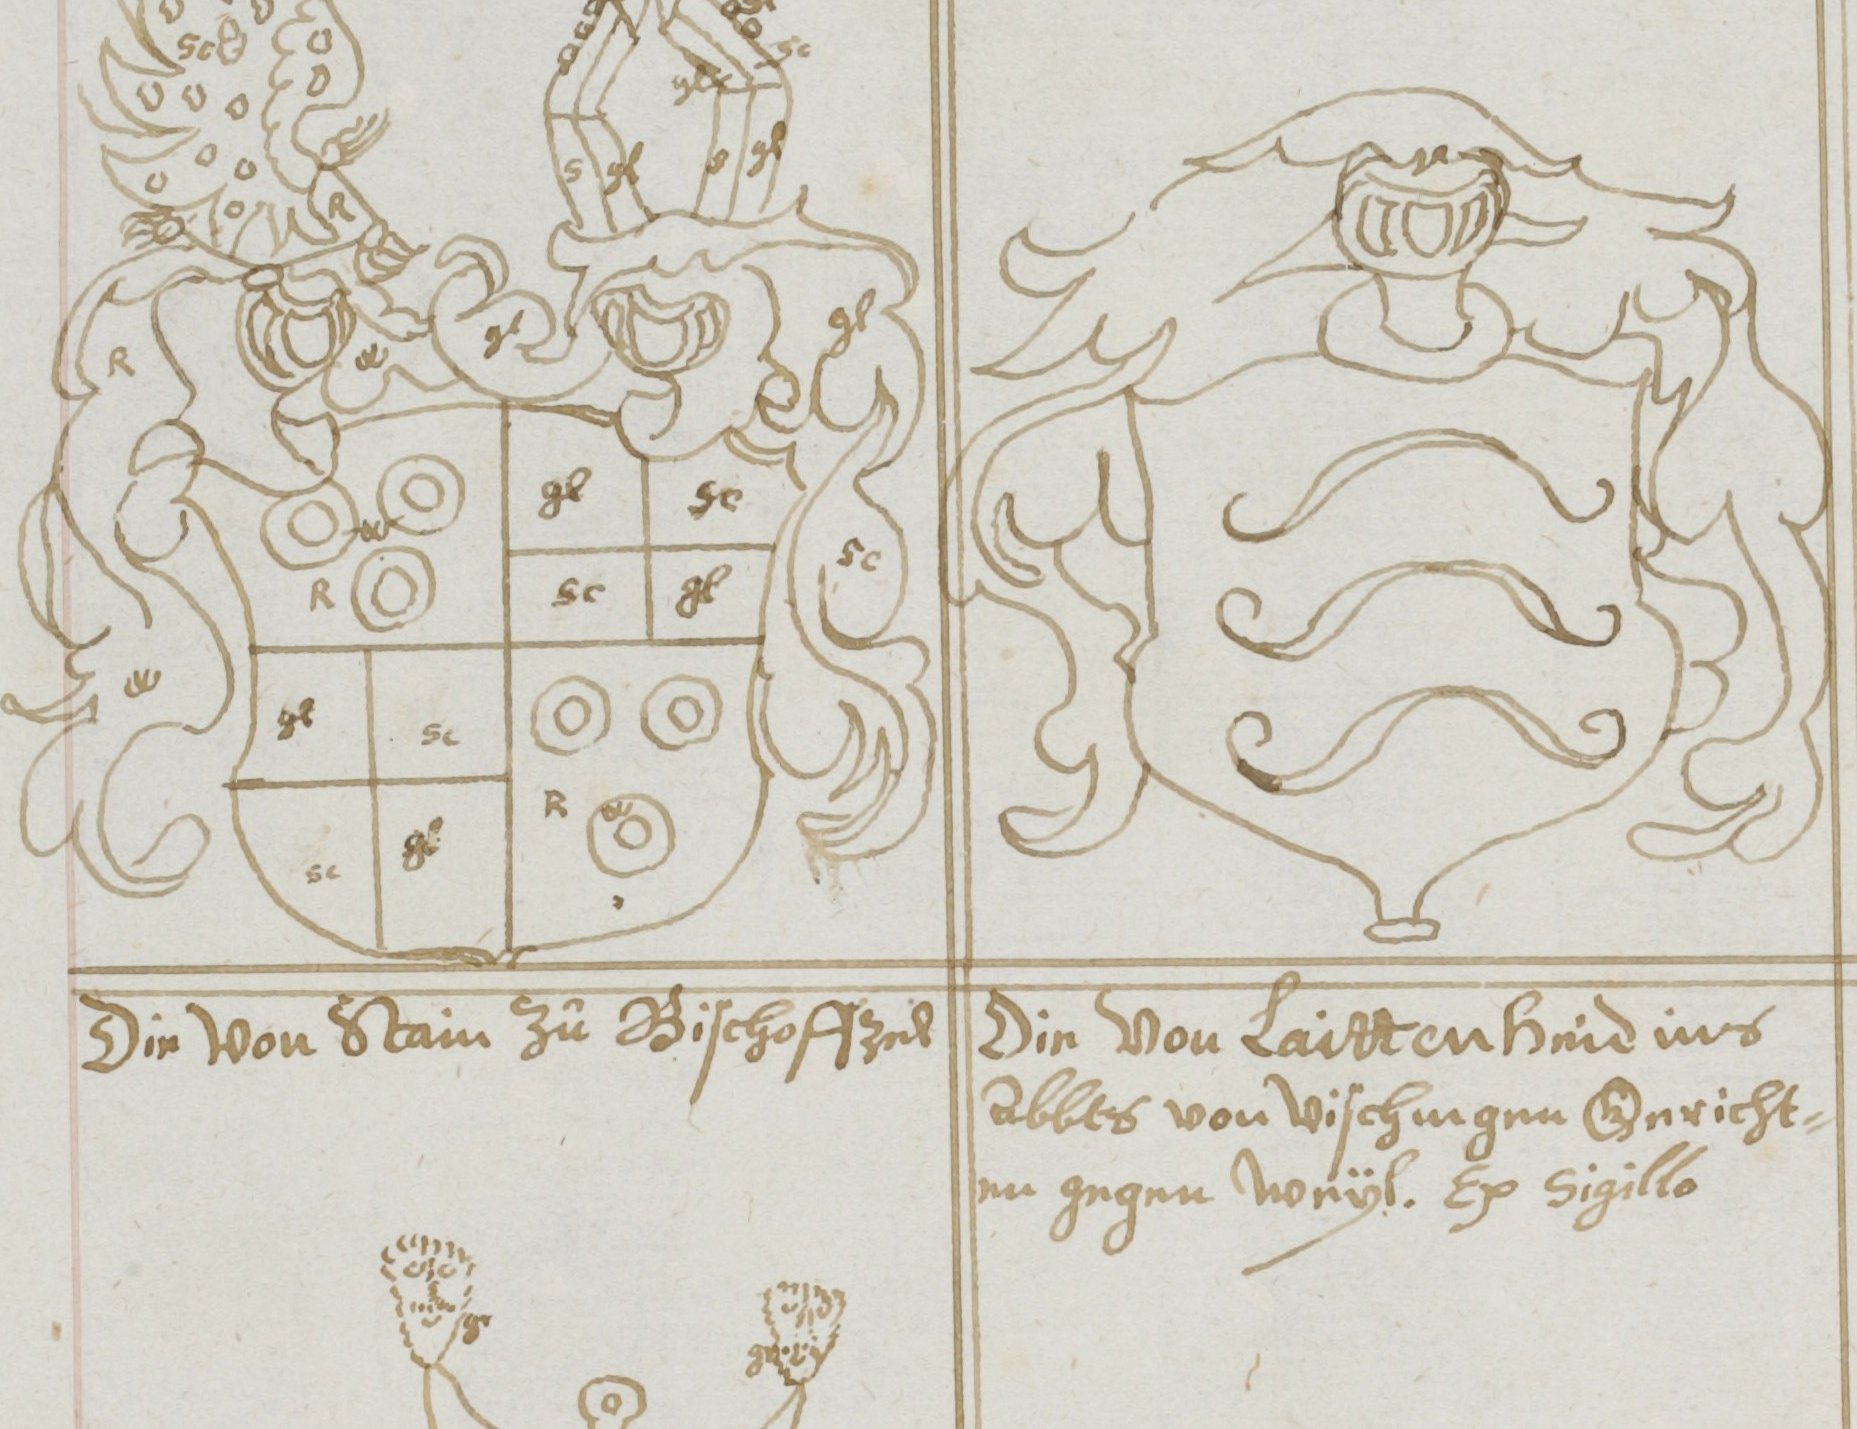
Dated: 1619–1649